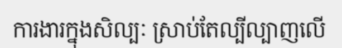
ការងារក្នុងសិល្បៈ ស្រាប់តែល្បីល្បាញលើ